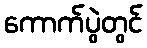
ကောက်ပွဲတွင်